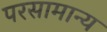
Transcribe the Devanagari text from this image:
परसामान्य